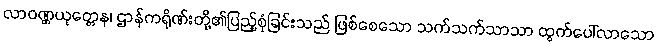
လာဝဏ္ဏယုတ္တေန၊ ဌာန်ကရိုဏ်းတို့၏ပြည့်စုံခြင်းသည် ဖြစ်စေသော သက်သက်သာသာ ထွက်ပေါ်လာသော